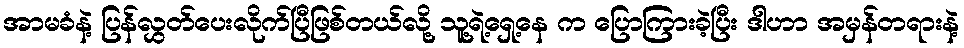
အာမခံနဲ့ ပြန်လွှတ်ပေးလိုက်ပြီဖြစ်တယ်လို့ သူ့ရဲ့ရှေ့နေ က ပြောကြားခဲ့ပြီး ဒါဟာ အမှန်တရားနဲ့